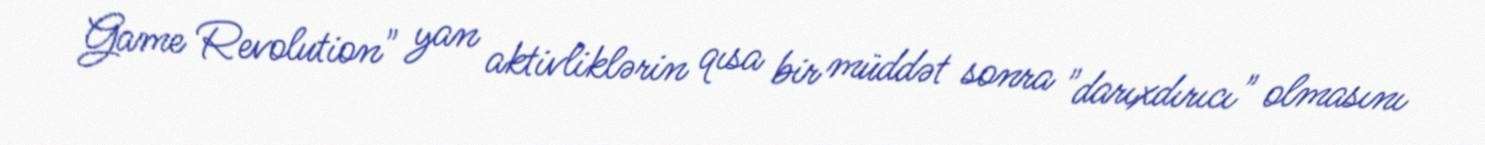
Game Revolution" yan aktivliklərin qısa bir müddət sonra "darıxdırıcı" olmasını